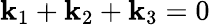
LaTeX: \mathbf{k}_{1}+\mathbf{k}_{2}+\mathbf{k}_{3}=0